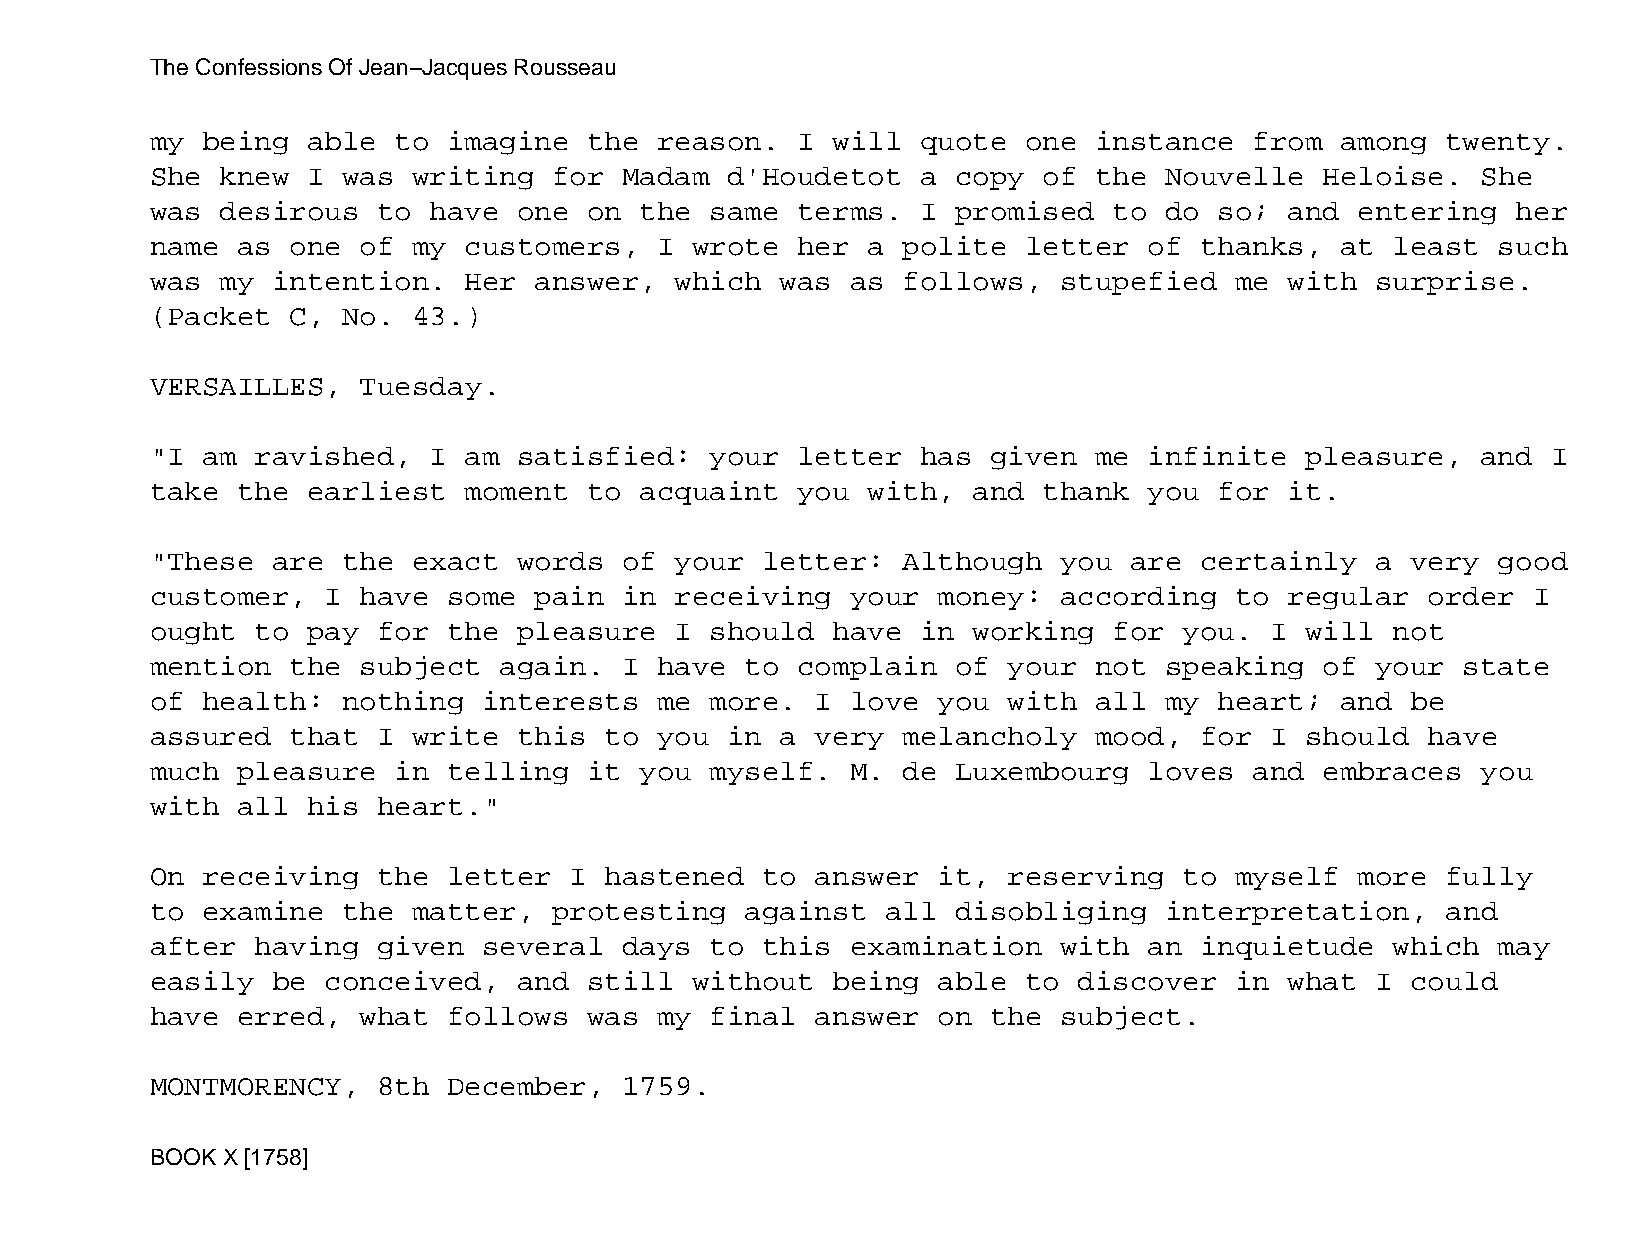
The Confessions Of Jean−Jacques Rousseau
 my being  able  to  imagine  the  reason.  I will  quote  one instance   from  among  twenty.
 She  knew I  was writing   for Madam  d'Houdetot   a copy  of the  Nouvelle   Heloise.  She
 was  desirous  to have  one  on the  same  terms.  I promised   to do  so; and  entering  her
 name  as one  of my  customers,   I wrote  her a  polite  letter  of thanks,   at least  such
 was  my intention.   Her answer,   which  was as  follows,  stupefied   me with  surprise.
 (Packet  C,  No. 43.)
 VERSAILLES,   Tuesday.
 "I am  ravished,  I  am satisfied:   your  letter  has  given me  infinite  pleasure,   and  I
 take  the earliest   moment  to acquaint   you with,  and  thank  you  for it.
 "These  are  the exact  words  of  your letter:   Although  you  are certainly   a very  good
 customer,   I have  some pain  in  receiving  your  money:  according   to regular   order I
 ought  to pay  for  the pleasure   I should  have  in working   for you.  I will  not
 mention  the  subject  again.  I  have to  complain  of  your not  speaking   of your  state
 of health:   nothing  interests   me more.  I love  you  with all  my  heart;  and be
 assured  that  I write  this  to  you in  a very  melancholy  mood,  for  I should   have
 much  pleasure  in  telling  it you  myself.  M.  de Luxembourg   loves  and  embraces  you
 with  all his  heart."
 On receiving   the  letter  I hastened  to  answer  it,  reserving  to  myself  more  fully
 to examine   the matter,   protesting  against   all disobliging   interpretation,    and
 after  having  given  several  days  to this  examination   with  an inquietude   which  may
 easily  be  conceived,  and  still  without  being  able  to discover   in what  I could
 have  erred,  what  follows  was  my final  answer  on  the subject.
 MONTMORENCY,   8th  December,  1759.
 BOOK X [1758]